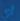
أي